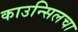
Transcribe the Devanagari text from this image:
काउन्सिलचा